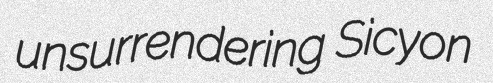
unsurrendering Sicyon